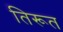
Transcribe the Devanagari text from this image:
तिरूत